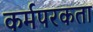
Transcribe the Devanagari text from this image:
कर्मपरकता